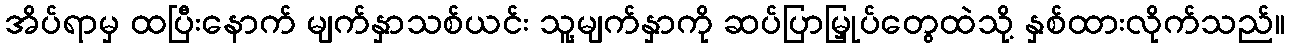
အိပ်ရာမှ ထပြီးနောက် မျက်နှာသစ်ယင်း သူ့မျက်နှာကို ဆပ်ပြာမြှုပ်တွေထဲသို့ နှစ်ထားလိုက်သည်။